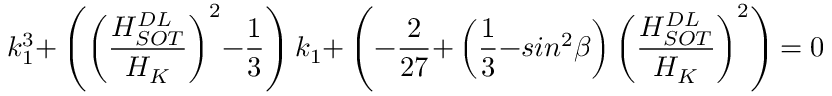
k _ { \mathrm { 1 } } ^ { \mathrm { 3 } } \mathrm { + } \left( { \left( \frac { H _ { S O T } ^ { D L } } { H _ { K } } \right) } ^ { \mathrm { 2 } } \mathrm { - } \frac { \mathrm { 1 } } { \mathrm { 3 } } \right) k _ { \mathrm { 1 } } \mathrm { + } \left( \mathrm { - } \frac { \mathrm { 2 } } { \mathrm { 2 7 } } \mathrm { + } \left( \frac { \mathrm { 1 } } { \mathrm { 3 } } \mathrm { - } s i n ^ { \mathrm { 2 } } \beta \right) { \left( \frac { H _ { S O T } ^ { D L } } { H _ { K } } \right) } ^ { \mathrm { 2 } } \right) \mathrm { = 0 }